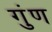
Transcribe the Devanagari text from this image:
गुंण